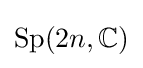
\mathrm {Sp} (2n,\mathbb {C} )